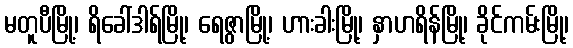
မတူပီမြို့၊ ရိခေါ်ဒါရ်မြို့၊ ရေဇွာမြို့၊ ဟားခါးမြို့၊ နှာဟရိန်မြို့၊ ခိုင်ကမ်းမြို့၊